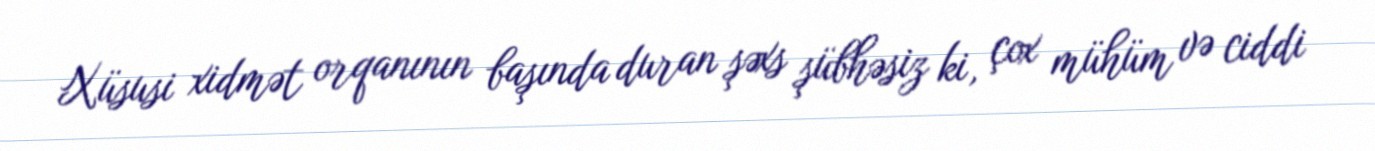
Xüsusi xidmət orqanının başında duran şəxs şübhəsiz ki, çox mühüm və ciddi